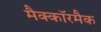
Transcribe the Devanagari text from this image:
मैक्कॉरमैक